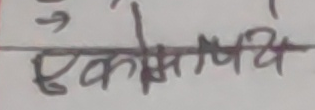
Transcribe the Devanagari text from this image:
एकसेम्प्ये